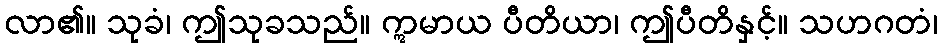
လာ၏။ သုခံ၊ ဤသုခသည်။ ဣမာယ ပီတိယာ၊ ဤပီတိနှင့်။ သဟဂတံ၊